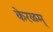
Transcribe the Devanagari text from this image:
केरळम्